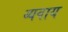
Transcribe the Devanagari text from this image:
व्यवाय